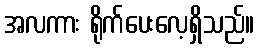
အလကား ရိုက်ပေးလေ့ရှိသည်။